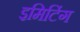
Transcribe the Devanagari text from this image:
इमिटिंग